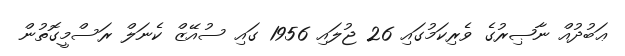
ޢަބުދުއް ނާޞިރުގެ ވެރިކަމުގައި 26 ޖުލައި 1956 ގައި ސުއޭޒް ކެނަލް ރަސްމީގޮތުން